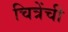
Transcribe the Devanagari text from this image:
चित्रेंची